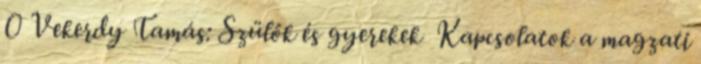
0 Vekerdy Tamás: Szülők és gyerekek Kapcsolatok a magzati